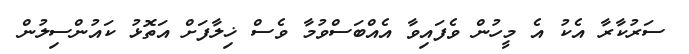
ސަރުކާރާ އެކު އެ މީހުން ވެފައިވާ އެއްބަސްވުމާ ވެސް ޚިލާފަށް އަތޮޅު ކައުންސިލުން